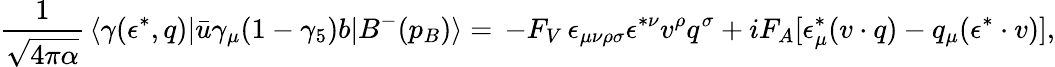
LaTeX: \frac{1}{\sqrt{4\pi\alpha}}\, \langle\gamma(\epsilon^{*},q)|\bar{u}\gamma_{\mu}(1-\gamma_{5})b|B^{-}(p_{B})\rangle=\, -F_{V}\, \epsilon_{\mu\nu\rho\sigma}\epsilon^{*\nu}v^{\rho}q^{\sigma}+iF_{A}[\epsilon_{\mu}^{*}(v\cdot q)-q_{\mu}(\epsilon^{*}\cdot v)],